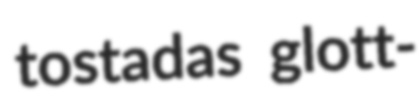
tostadas glott-